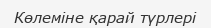
Көлеміне қарай түрлері